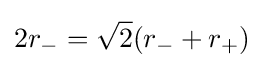
2r_{-}={\sqrt {2}}(r_{-}+r_{+})